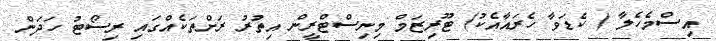
އިސްމެހެލާ ( ކެޑަވާ ހެރައާއެކު) ޓޫރިޒަމް މިނިސްޓްރީން އިތުރު ރަށްތަކެއްގައި ރިސޯޓު ހަދަން